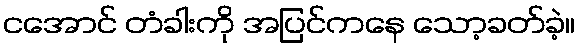
ငအောင် တံခါးကို အပြင်ကနေ သော့ခတ်ခဲ့။